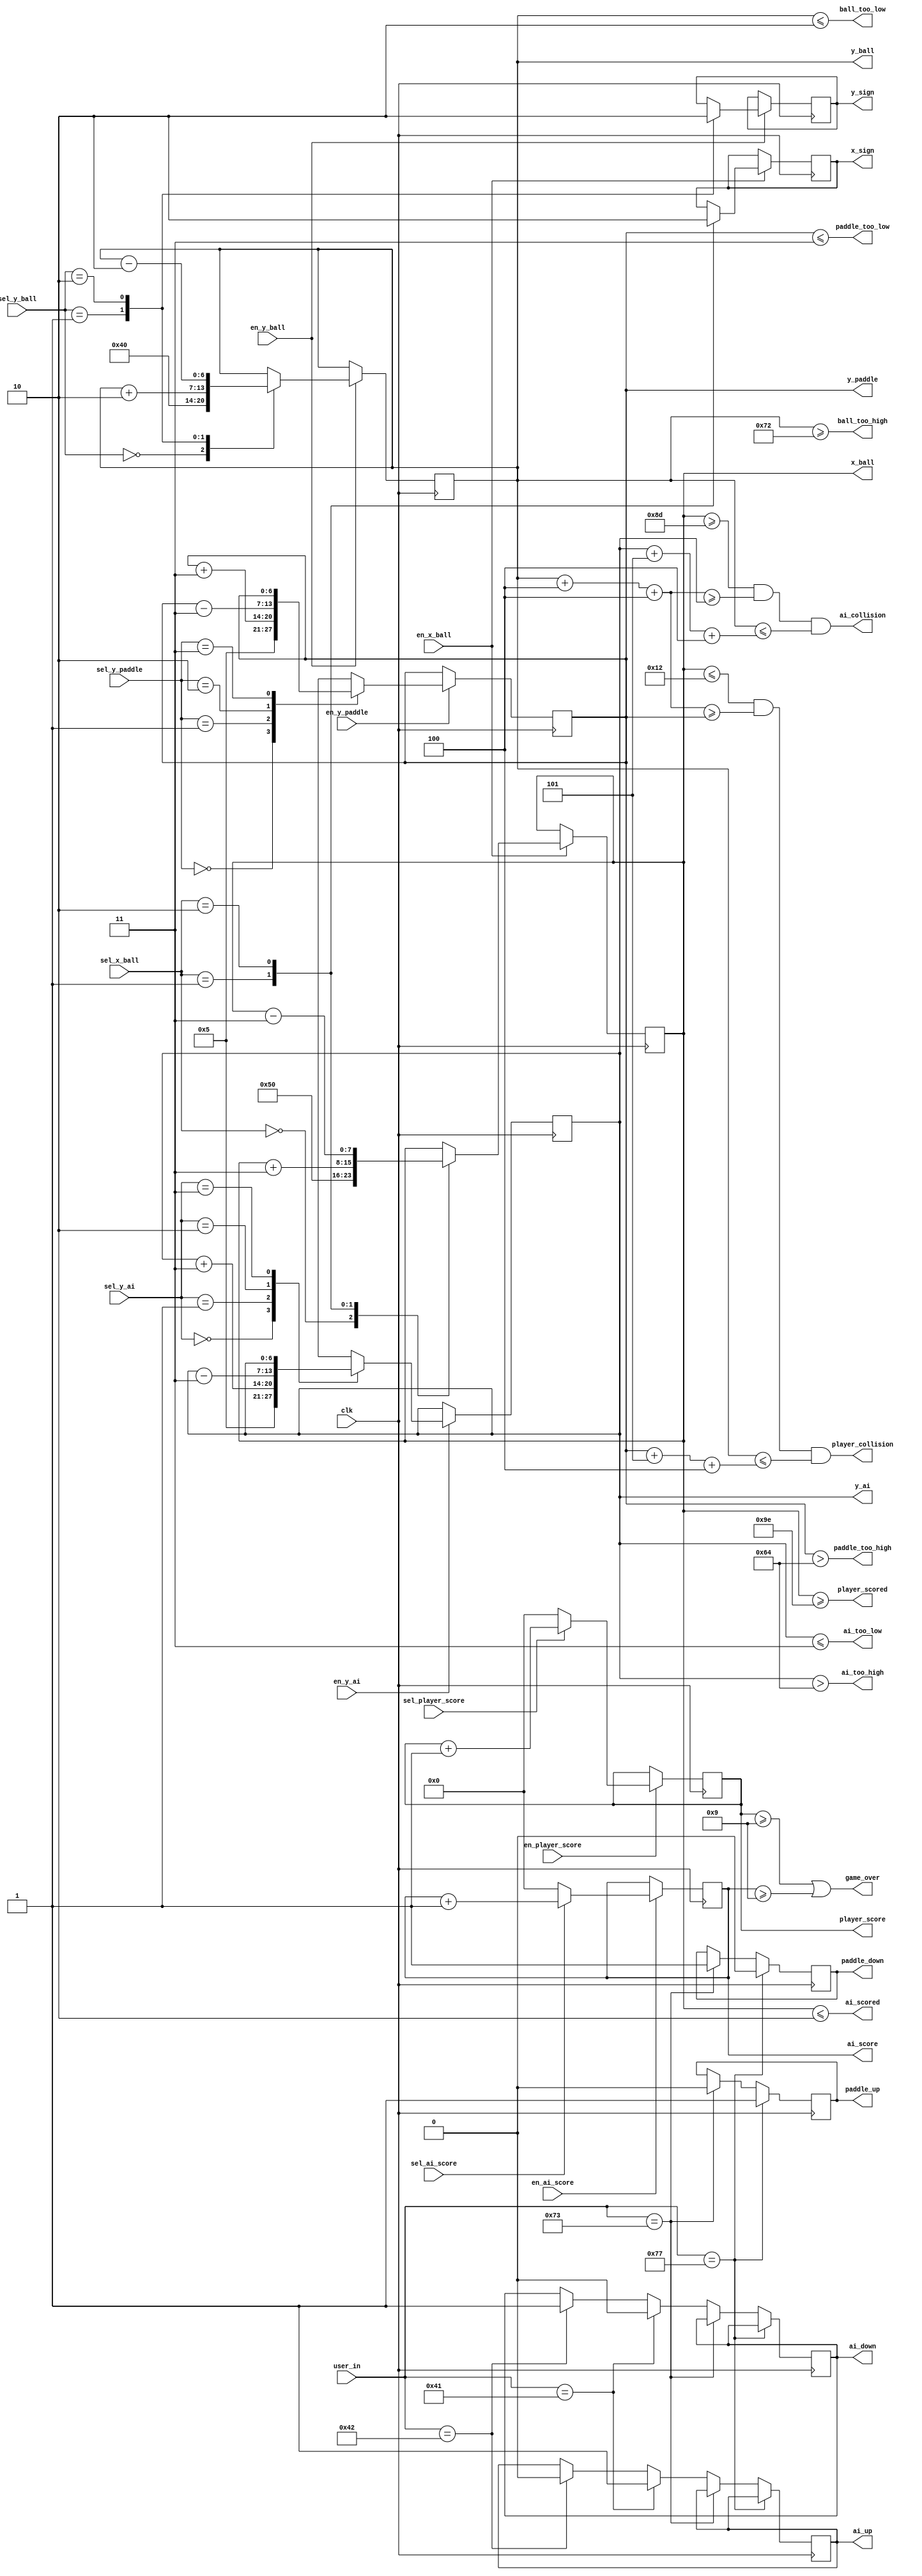
module datapath(
	input clk,
	input [1:0]sel_x_ball,
	input en_x_ball,
	input [1:0]sel_y_ball,
	input en_y_ball,
	input [1:0]sel_y_paddle,
	input en_y_paddle,
	input [1:0]sel_y_ai,
	input en_y_ai,
	input sel_player_score,
	input en_player_score,
	input sel_ai_score,
	input en_ai_score,
	input [7:0] user_in,
	output reg [7:0] x_ball,
	output reg [6:0] y_ball,
	output reg [6:0] y_paddle,
	output reg [6:0] y_ai,
	output reg [3:0] player_score,
	output reg [3:0] ai_score,
	output y_sign,   // output wire of register control signal used to control ball's y velocity
	output x_sign,   // output wire of register control signal used to control ball's x velocity
	output paddle_up,
	output paddle_down,
	output ai_up,
	output ai_down,
	output ball_too_high,
	output ball_too_low,
	output paddle_too_low,
	output paddle_too_high,
	output ai_too_low,
	output ai_too_high,
	output player_collision,
	output ai_collision,
	output player_scored,
	output ai_scored,
	output game_over
	);
	
	parameter [3:0] x_velocity = 4'h3;
	parameter [3:0] y_velocity = 4'h2;
	parameter [3:0] ball_width = 4'h4;
	parameter [3:0] pad_width = 4'h2;
	parameter [3:0] pad_height = 4'h15;
	parameter [3:0] pad_vel = 4'h3;
	parameter [3:0] ai_width = 4'h2;
	parameter [3:0] ai_height = 4'h15;
	parameter [3:0] ai_vel = 4'h3;
	
	reg x_ball_state = 1'b0; // hold current state of x ball velocity
	reg y_ball_state = 1'b0; // hold current state of y ball velocity
	reg paddle_up_state = 1'b0;
	reg paddle_down_state = 1'b0;
	reg ai_up_state = 1'b0;
	reg ai_down_state = 1'b0;
	
	initial 
	begin
		x_ball = 8'd0;
		y_ball = 7'd0;
		y_paddle = 7'd0;
		y_ai = 7'd0;
		player_score = 4'd0;
		ai_score = 4'd0;
	end
	
	always @(posedge clk)
	begin
		if (en_x_ball)
			case (sel_x_ball)
				0: x_ball <= 8'h50;
				1: begin x_ball <= x_ball + x_velocity; x_ball_state <= 1'b1; end
				2: begin x_ball <= x_ball - x_velocity; x_ball_state <= 1'b0; end
			endcase
	end
	
	always @(posedge clk)
	begin
		if (en_y_ball)
			case (sel_y_ball)
				0: y_ball <= 8'h40;
				1: begin y_ball <= y_ball + y_velocity; y_ball_state <= 1'b1; end
				2: begin y_ball <= y_ball - y_velocity; y_ball_state <= 1'b0; end
			endcase
	end
	
	always @(posedge clk)
	begin
		if (en_y_paddle)
			case (sel_y_paddle)
				0: y_paddle <= 7'h5;
				1: y_paddle <= y_paddle + pad_vel; 
				2: y_paddle <= y_paddle - pad_vel;
				3: y_paddle <= y_paddle;
			endcase
	end
	
	always @(posedge clk)
	begin
		if (en_y_ai)
			case (sel_y_ai)
				0: y_ai <= 7'h5;
				1: y_ai <= y_ai + ai_vel; 
				2: y_ai <= y_ai - ai_vel;
				3: y_ai <= y_ai;
			endcase
	end
	
	always @(posedge clk)
	begin
		if (en_player_score)
			if (sel_player_score) player_score <= player_score + 1; 
			else player_score <= 0;
	end
	
	always @(posedge clk)
	begin
		if (en_ai_score)
			if (sel_ai_score) ai_score <= ai_score + 1; 
			else ai_score <= 0;
	end
	
	always @(posedge clk)
	begin
		if (user_in == 7'h77) begin paddle_up_state <= 1'b1; paddle_down_state <= 1'b0; end
		else if (user_in == 7'h73) begin paddle_up_state <= 1'b0; paddle_down_state <= 1'b1; end
		else if (user_in == 7'h41) begin ai_up_state <= 1'b1; ai_down_state <= 1'b0; end
		else if (user_in == 7'h42) begin ai_up_state <= 1'b0; ai_down_state <= 1'b1; end
	end
	
	assign ball_too_high = (y_ball >= 8'd120 - y_velocity - ball_width);
	assign ball_too_low = (y_ball <= y_velocity);
	assign paddle_too_low = (y_paddle <= 7'h3);
	assign paddle_too_high = (y_paddle > 100);
	assign ai_too_low = (y_ai <= 7'h3);
	assign ai_too_high = (y_ai > 100);
	assign player_collision = ( (x_ball <= 8'd18) & ( (y_ball + ball_width + 7'h4) >= y_paddle ) & (y_ball <= (y_paddle + pad_height + 8'h4)));
	assign ai_collision = ( (x_ball >= 8'd141) & ( (y_ball + ball_width + 7'h4) >= y_ai ) & (y_ball <= (y_ai + ai_height + 8'h4)));
	assign player_scored = x_ball >= 8'd158;
	assign ai_scored = x_ball <= 2;
	assign game_over = (player_score >= 9) | (ai_score >= 9);
	
	assign x_sign = x_ball_state;
	assign y_sign = y_ball_state;
	assign paddle_up = paddle_up_state;
	assign paddle_down = paddle_down_state;
	assign ai_up = ai_up_state;
	assign ai_down = ai_down_state;
	
endmodule